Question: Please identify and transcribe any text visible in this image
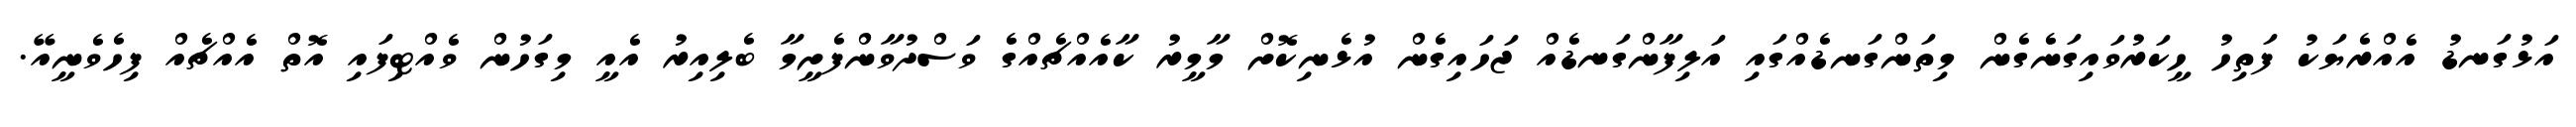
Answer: އަޅުގަނޑު އެއްރެޔަކު ފަތިހު ހީކަރުވައިގަނެގެން މިތަންގަނޑެއްގައި އަލިފާންގަނޑެއް ޖަހައިގެން އުޅެނިކޮށް މާމީރު ކާއެއްޗެއްގެ ވަސްދުވާންފެށީމާ ބެލިއިރު އެއީ މިގަހުން ވެއްޓިފައި އޮތް އެއްޗެއް ފިހެވެނީއޭ.